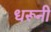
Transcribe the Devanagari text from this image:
धरूनी